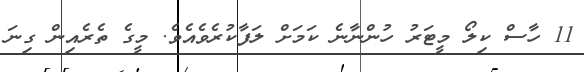
11 ހާސް ކިލޯ މީޓަރު ހުންނާނެ ކަމަށް ލަފާކުރެވެއެވެ. މީގެ ތެރެއިން ގިނަ